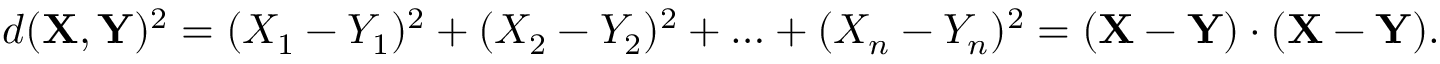
d ( \mathbf { X } , \mathbf { Y } ) ^ { 2 } = ( X _ { 1 } - Y _ { 1 } ) ^ { 2 } + ( X _ { 2 } - Y _ { 2 } ) ^ { 2 } + \ldots + ( X _ { n } - Y _ { n } ) ^ { 2 } = ( \mathbf { X } - \mathbf { Y } ) \cdot ( \mathbf { X } - \mathbf { Y } ) .